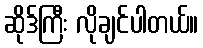
ဆိုဒ်ကြီး လိုချင်ပါတယ်။